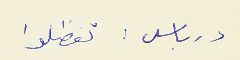
درباس : تفظلوا